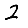
Digit: 2